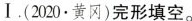
Ⅰ.(2020.黄冈)完形填空。